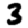
Digit: 3